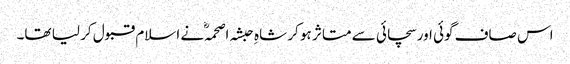
اس صاف گوئی اور سچائی سے متاثر ہو کر شاہِ حبشہ اصحمہؓ نے اسلام قبول کر لیا تھا۔